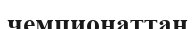
чемпионаттан